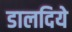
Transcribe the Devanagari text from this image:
डालदिये